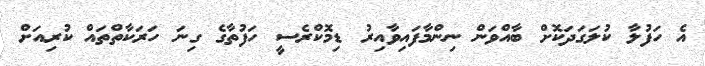
އެ ހަފުލާ ކުލަގަދަކޮށް ބާއްވަން ނިންމާފައިވާއިރު ޑިމޮކްރެސީ ހަފުތާގެ ގިނަ ހަރަކާތްތައް ކުރިއަށް